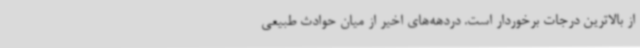
از بالاترین درجات برخوردار است. دردهه‌های اخیر از میان حوادث طبیعی